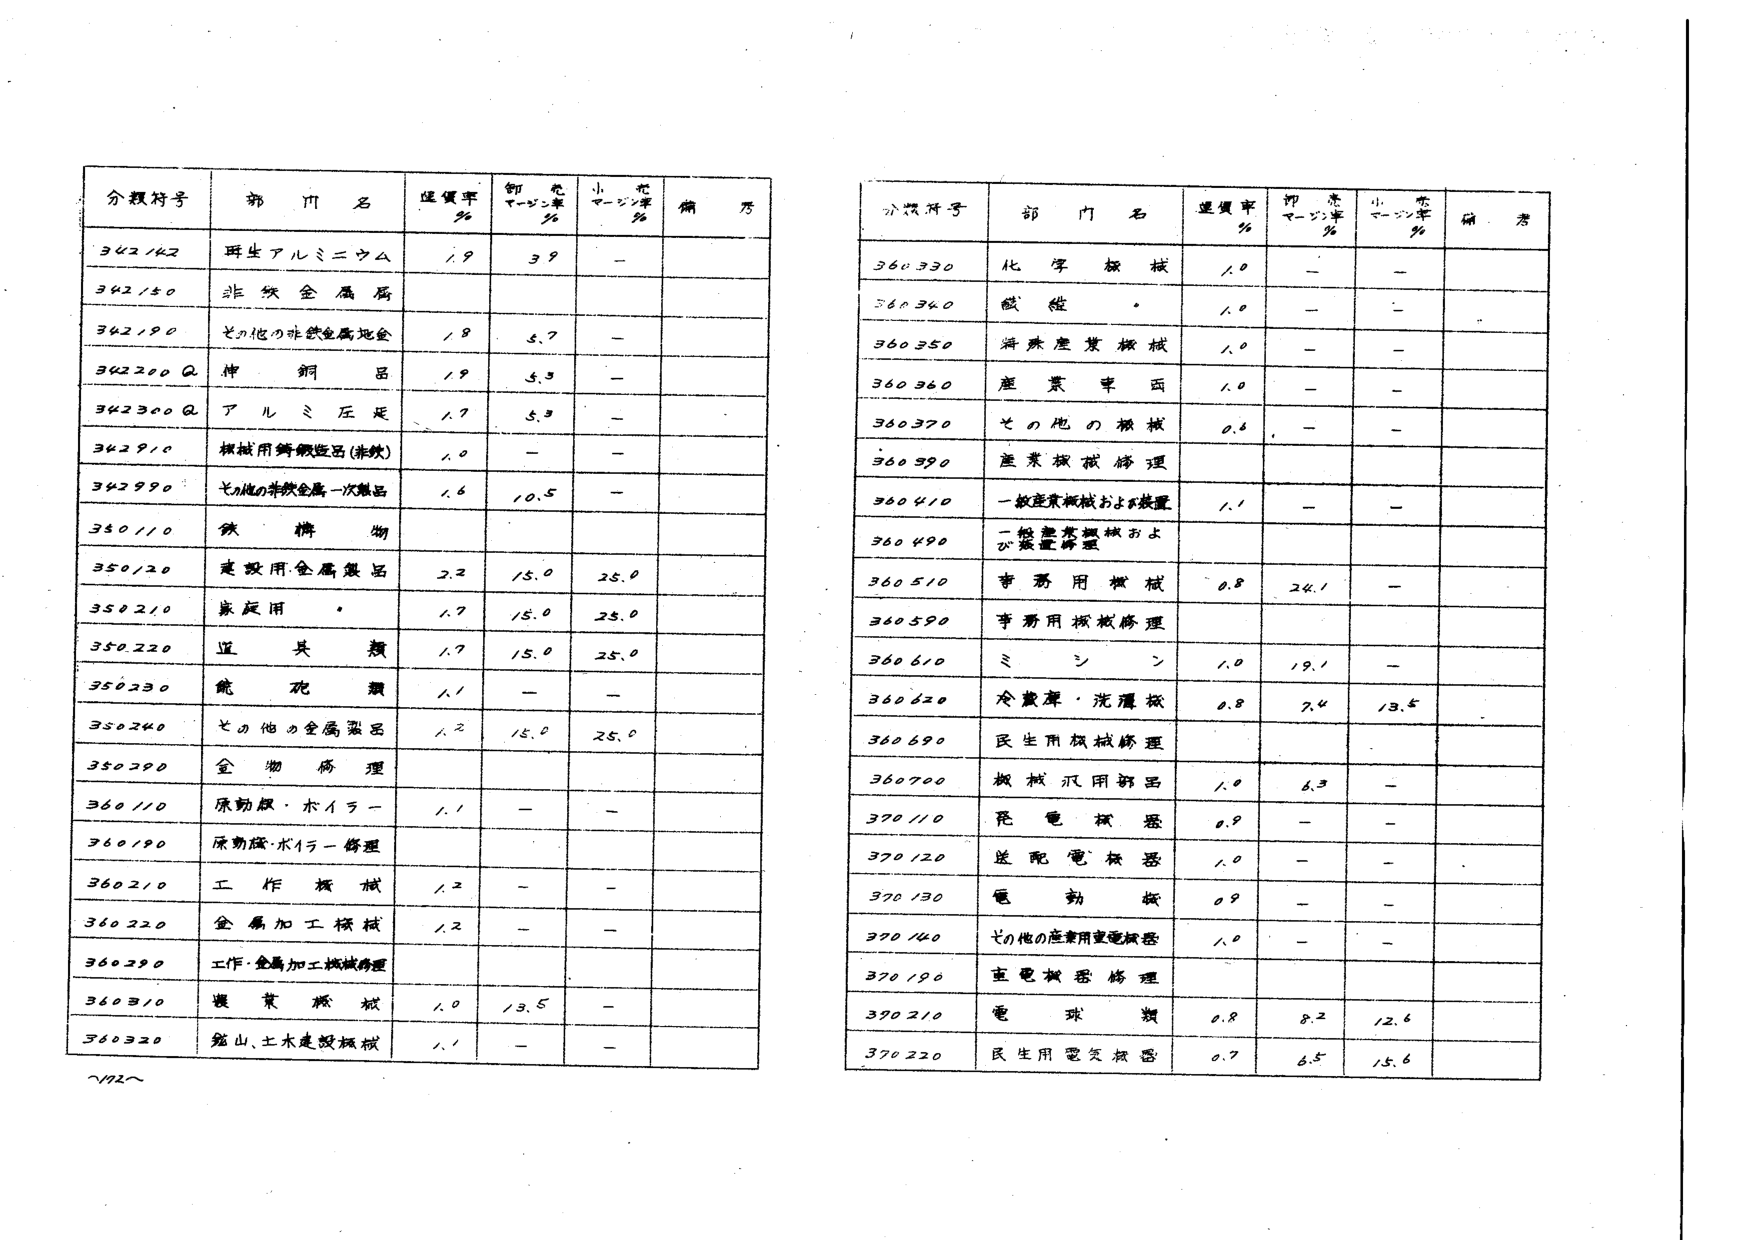
分類符号 部門名 運賃率％ 御売マージン率％ 小売マージン率％ 備考
342142 再生アルミニウム 1.9 3.9 -
342150 非鉄金属屑 1.8 5.7 -
342190 その他の非鉄金属地金 1.8 5.7 -
342200Q 伸銅品 1.9 5.5 -
342300Q アルミ圧延 1.7 5.3 -
342910 機械用鋳鉄製品(非鉄) 1.0 - -
342990 その他の非鉄金属一次製品 1.6 10.5 -
350110 鉄構物 2.2 15.0 25.0
350120 建設用金属製品 1.7 15.0 25.0
350210 家庭用 1.7 15.0 25.0
350220 道具類 1.7 15.0 25.0
350230 鍋碗類 1.1 - -
350240 その他の金属製品 1.2 15.0 25.0
350290 金物修理 1.1 - -
360110 原動機・ボイラー 1.1 - -
360190 原動機・ボイラー修理 1.2 - -
360210 工作機械 1.2 - -
360220 金属加工機械 1.2 - -
360290 工作・金属加工機械修理 1.0 13.5 -
360310 農業機械 1.1 - -
360320 築山、土木建設機械 1.1 - -

分類符号 部門名 運賃率％ 御売マージン率％ 小売マージン率％ 備考
360330 化学機械 1.0 - -
360340 繊維 1.0 - -
360350 海産業機械 1.0 - -
360360 産業車両 1.0 - -
360370 その他の機械 0.6 - -
360390 産業機械修理 1.1 - -
360410 一般産業機械および装置 1.1 - -
360490 一般産業機械および装置修理 0.8 24.1 -
360510 事務用機械 0.8 24.1 -
360590 事務用機械修理 1.0 19.1 -
360610 ミシン 0.8 7.4 13.5
360620 冷蔵庫・洗濯機 1.0 6.3 -
360690 民生用機械修理 0.9 - -
360700 機械汎用部品 0.9 - -
370110 発電機器 1.0 - -
370120 送配電機器 0.9 - -
370130 電動機 1.0 - -
370140 その他の産業用電気機器 1.0 - -
370190 電気機器修理 0.8 8.2 12.6
370210 電球類 0.7 6.5 15.6
370220 民生用電気機器 0.7 6.5 15.6

～172～